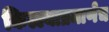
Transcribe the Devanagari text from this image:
किल्ल्याप्रमाणेच